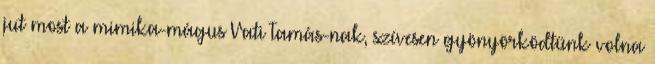
jut most a mimika-mágus Vati Tamás-nak, szívesen gyönyörködtünk volna